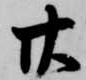
廿